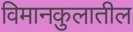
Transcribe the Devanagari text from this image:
विमानकुलातील